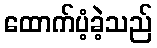
ထောက်ပံ့ခဲ့သည်